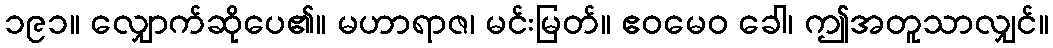
၁၉၁။ လျှောက်ဆိုပေ၏။ မဟာရာဇ၊ မင်းမြတ်။ ဧဝမေဝ ခေါ၊ ဤအတူသာလျှင်။